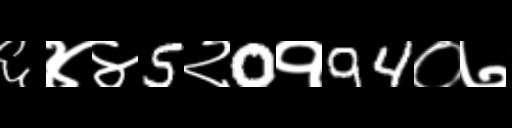
Text: ६४४5२0१94०७